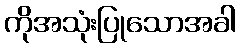
ကိုအသုံးပြုသောအခါ